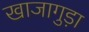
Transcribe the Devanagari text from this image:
खाजागुड़ा